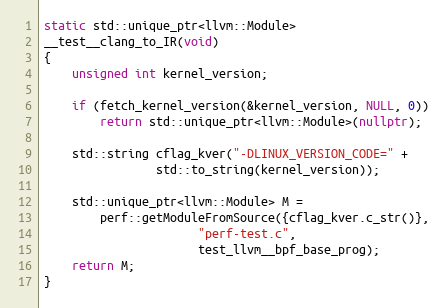
Language: C++
static std::unique_ptr<llvm::Module>
__test__clang_to_IR(void)
{
	unsigned int kernel_version;

	if (fetch_kernel_version(&kernel_version, NULL, 0))
		return std::unique_ptr<llvm::Module>(nullptr);

	std::string cflag_kver("-DLINUX_VERSION_CODE=" +
				std::to_string(kernel_version));

	std::unique_ptr<llvm::Module> M =
		perf::getModuleFromSource({cflag_kver.c_str()},
					  "perf-test.c",
					  test_llvm__bpf_base_prog);
	return M;
}